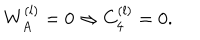
LaTeX: W _ { A } ^ { ( l ) } = 0 \Rightarrow C _ { 4 } ^ { ( l ) } = 0 .